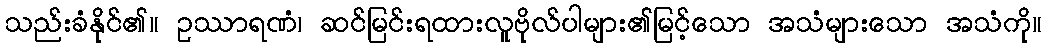
သည်းခံနိုင်၏။ ဥဿာရဏံ၊ ဆင်မြင်းရထားလူဗိုလ်ပါများ၏မြင့်သော အသံများသော အသံကို။